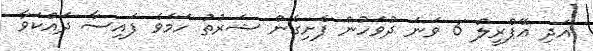
އަދި އޭޕްރީލް 6 ވަނަ ދުވަހުން ފެށިގެން ޝަރުތު ހަމަވެ ފައިސާ ދައްކަވާ